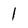
Character: l